DOW-UAP-D48, Department of the Air Force Report, 1996
Agency: Department of War
Incident date: 9/10/96
Page 41
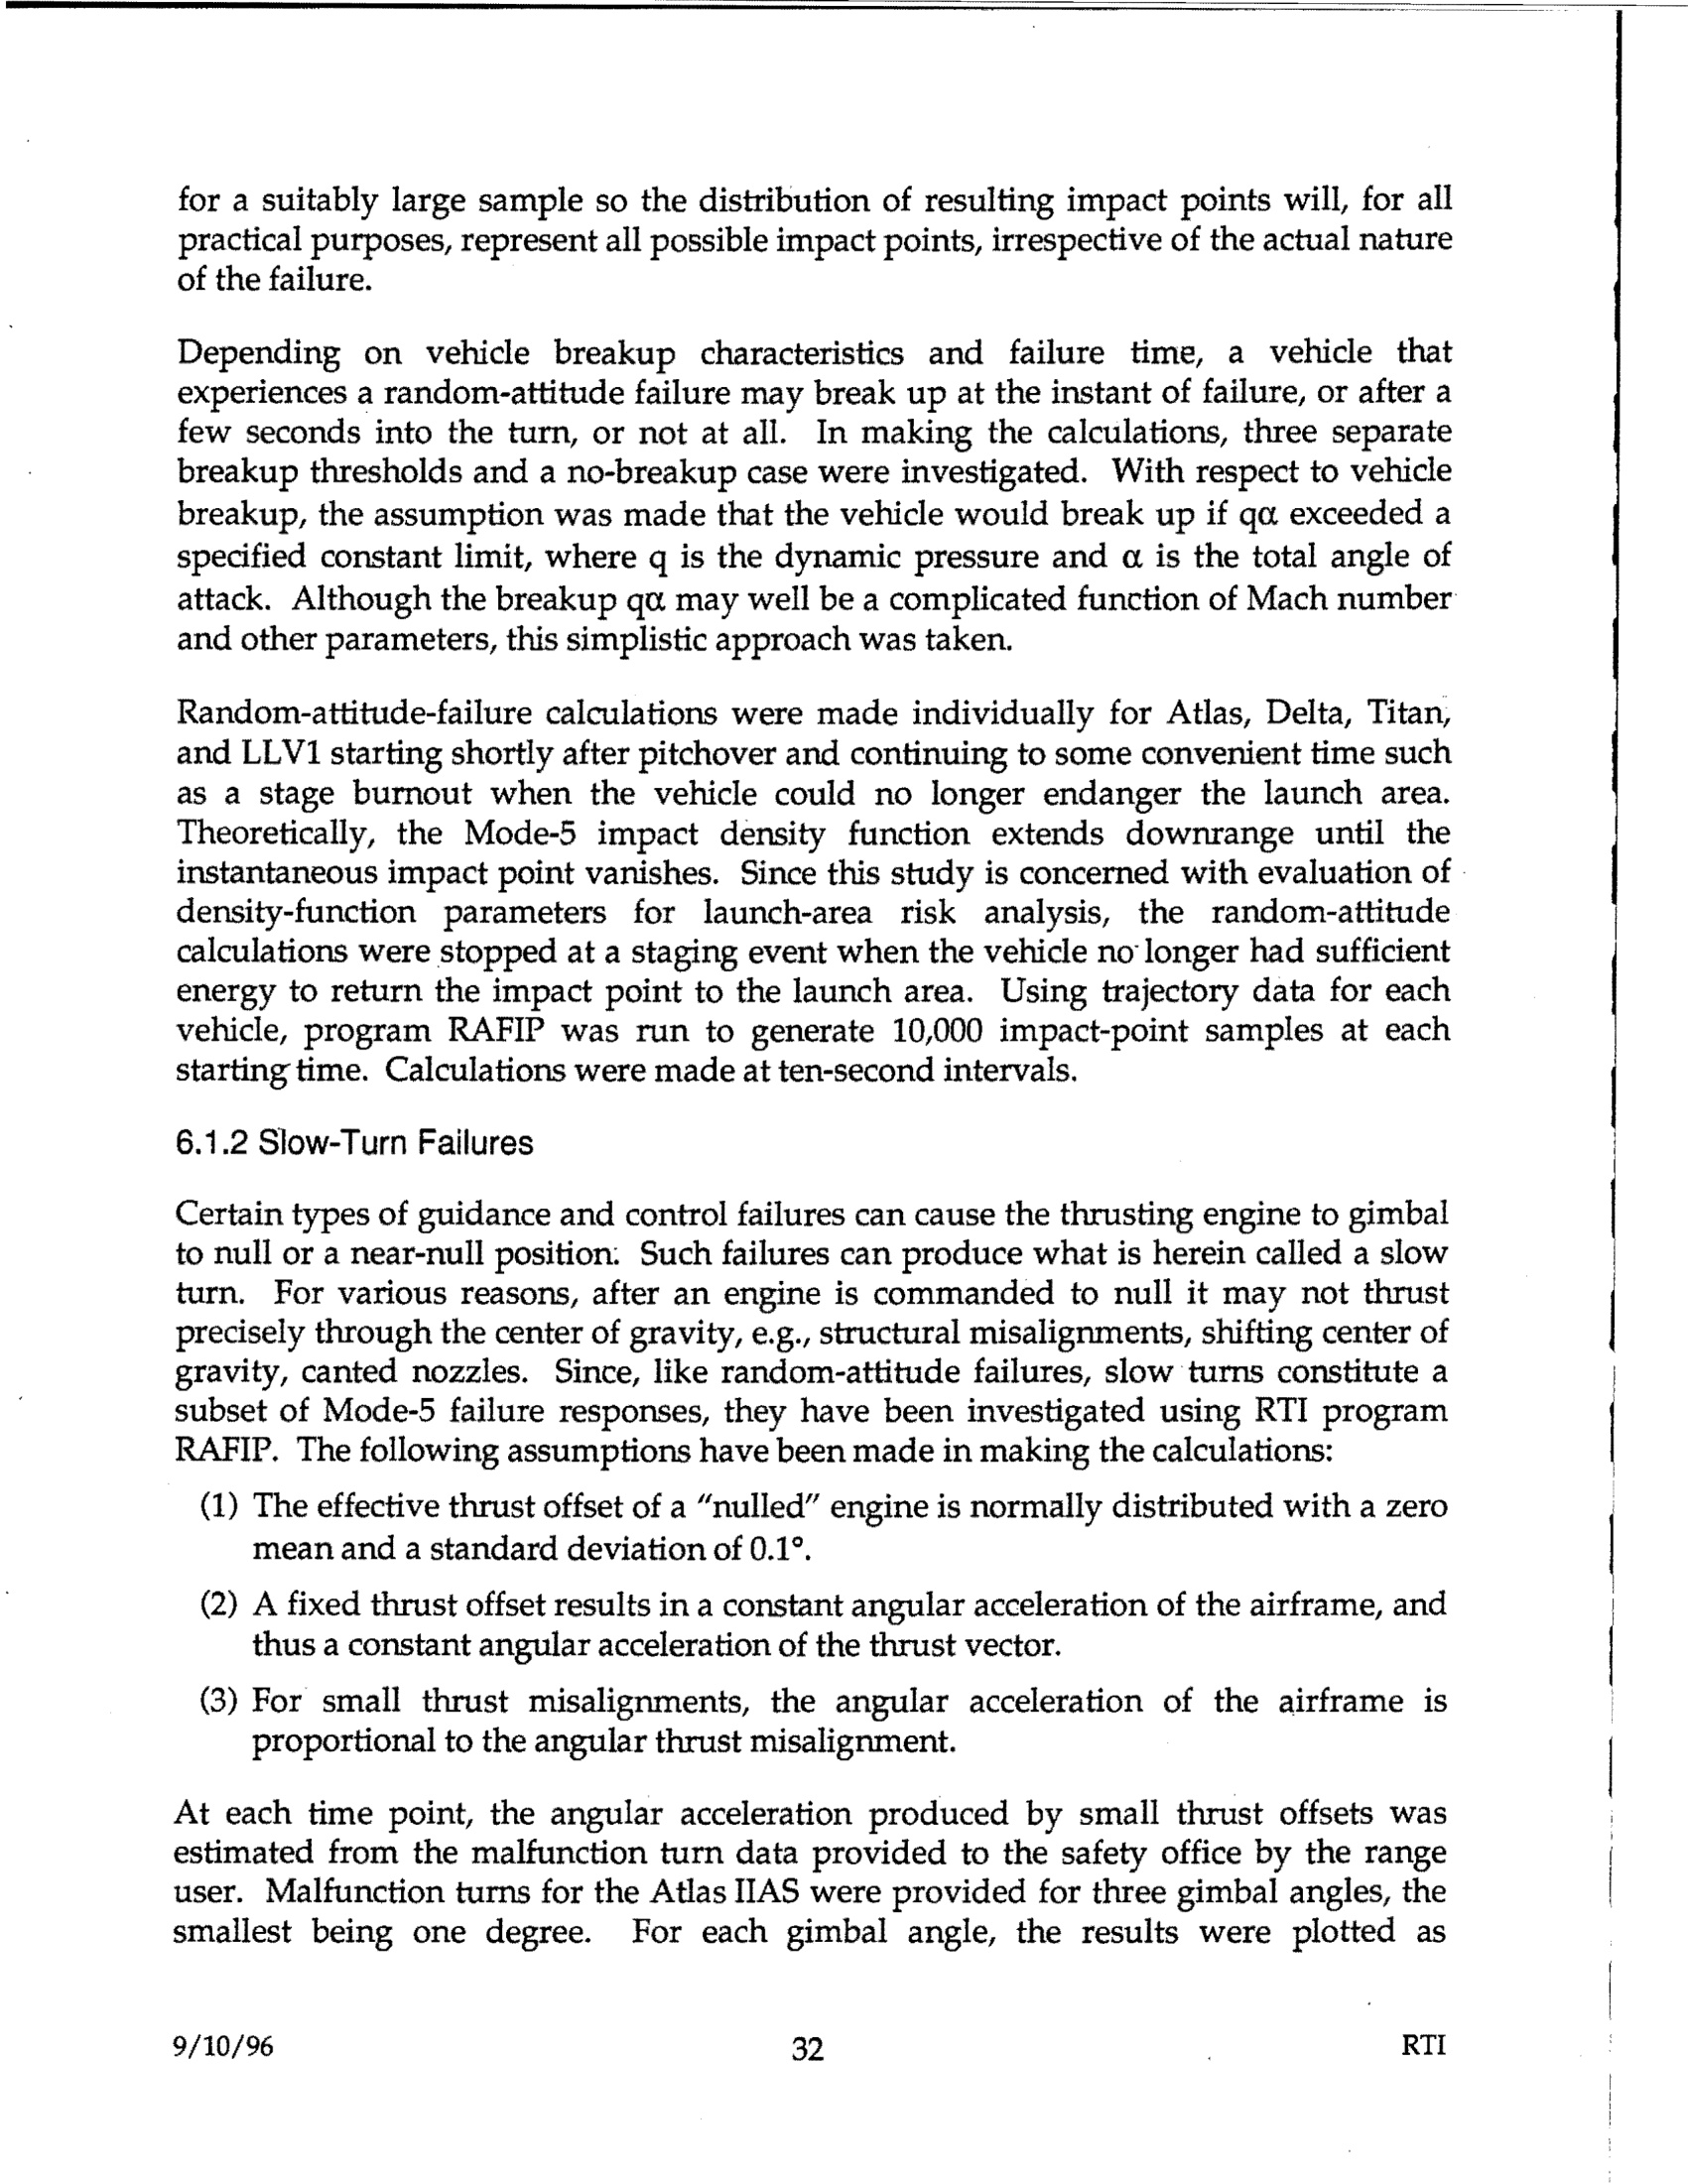